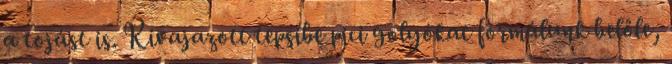
a tojást is. Kivajazott tepsibe pici golyókat formálunk belőle,